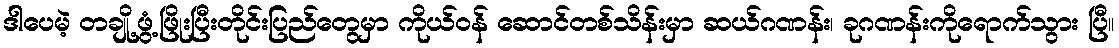
ဒါပေမဲ့ တချို့ဖွံ့ဖြိုးပြီးတိုင်းပြည်တွေမှာ ကိုယ်ဝန် ဆောင်တစ်သိန်းမှာ ဆယ်ဂဏန်း၊ ခုဂဏန်းကိုရောက်သွား ပြီ။